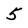
Character: 5